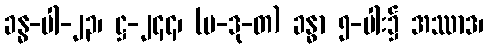
ခန္ဓ-ပါ-၂၃၊ ဋ္ဌ-၂၄၄၊ (ပ-ဒု-တ) ခန္ဓာ ၅-ပါး၌ အဿာဒ၊